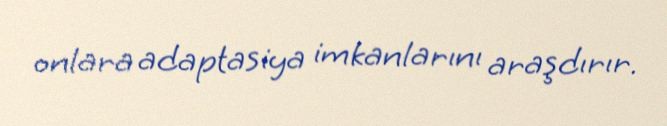
onlara adaptasiya imkanlarını araşdırır.